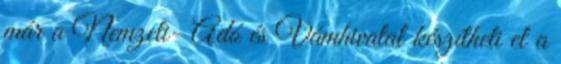
már a Nemzeti- Adó és Vámhivatal készítheti el a